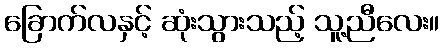
ခြောက်လနှင့် ဆုံးသွားသည့် သူ့ညီလေး။